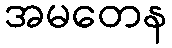
အမတေန